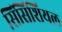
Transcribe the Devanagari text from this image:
सिंसिशियल